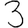
Digit: 3